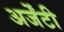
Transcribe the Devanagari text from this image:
अर्जेंटी